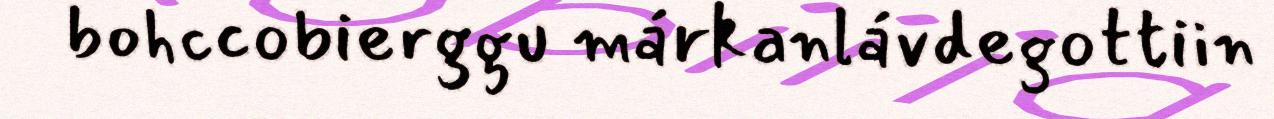
bohccobierggu márkanlávdegottiin